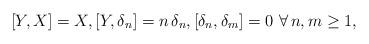
LaTeX: \begin{align*}[Y,X] = X , [Y,\delta_n] = n \, \delta_n , [\delta_n , \delta_m] =0 \ \forall \, n , m \geq 1 ,\end{align*}